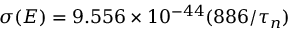
{ \sigma } ( E ) = 9 . 5 5 6 \times 1 0 ^ { - 4 4 } ( 8 8 6 / { \tau } _ { n } )